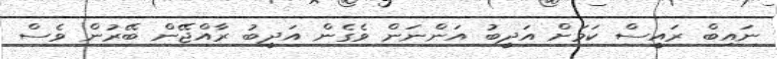
ނައިބް ރައީސް ކަމަށް އަދީބު އަންނަން ވެގެން އަދީބު ރާއްޖޭން ބޭރުން ވެސް